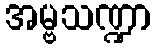
အမ္ဗသဏ္ဍာ